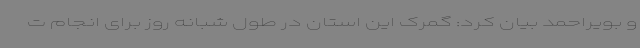
و بویراحمد بیان کرد: گمرک این استان در طول شبانه روز برای انجام ت